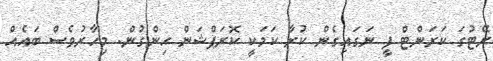
ރޭޓުގަ ކަރަންޓް ފީ ނަގައިގެން ކުރާ ކަމަކީ ކޮރަޕްޝަން ހިންގުން. މިހާރުވެސް ބައެއް